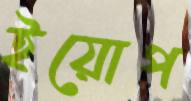
ইয়োপ